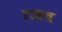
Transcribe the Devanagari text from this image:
रावच